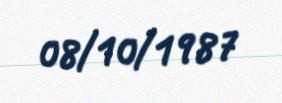
08/10/1987